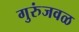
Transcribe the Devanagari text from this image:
गुरुंजवळ